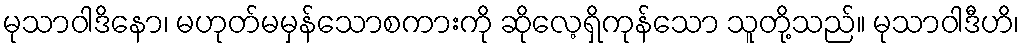
မုသာဝါဒိနော၊ မဟုတ်မမှန်သောစကားကို ဆိုလေ့ရှိကုန်သော သူတို့သည်။ မုသာဝါဒီဟိ၊